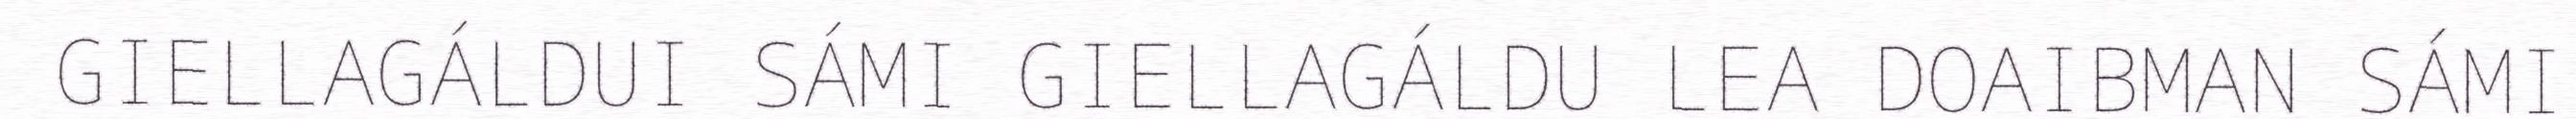
GIELLAGÁLDUI SÁMI GIELLAGÁLDU LEA DOAIBMAN SÁMI